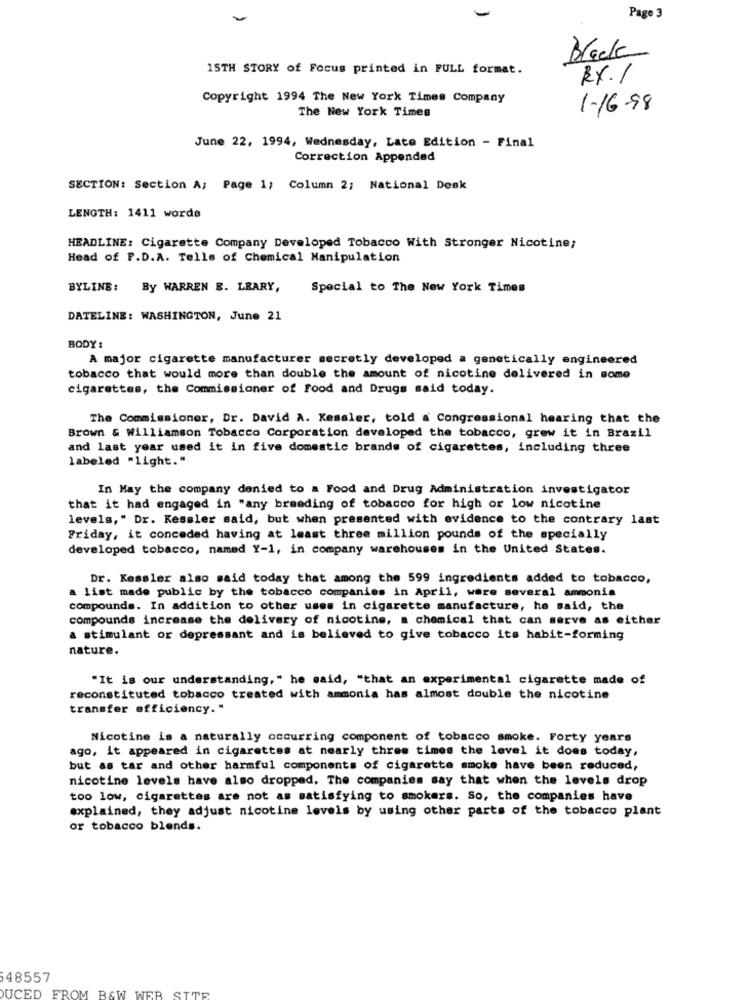
Page 3
Black
15TH STORY of Focus printed in FULL format.
RX.1
Copyright 1994 The New York Times Company
The New York Times
1-16-98
June 22, 1994, Wednesday, Late Edition - Final
Correction Appended
SECTION: Section A; Page 1; Column 2; National Desk
LENGTH: 1411 words
HEADLINE: Cigarette Company Developed Tobacco With Stronger Nicotine;
Head of P.D.A. Tells of Chemical Manipulation
BYLINE: By WARREN E. LEARY,
Special to The New York Times
DATELINE: WASHINGTON, June 21
BODY:
A major cigarette manufacturer secretly developed a genetically engineered
tobacco that would more than double the amount of nicotine delivered in some
cigarettes, the Commissioner of Food and Drugs said today.
The Commissioner, Dr. David A. Kessler, told a Congressional hearing that the
Brown & Williamson Tobacco Corporation developed the tobacco, grew it in Brazil
and last year used it in five domestic brands of cigarettes, including three
labeled "light."
In May the company denied to a Food and Drug Administration investigator
that it had engaged in "any breeding of tobacco for high or low nicotine
levels," Dr. Kessler said, but when presented with evidence to the contrary last
Friday, it conceded having at least three million pounds of the specially
developed tobacco, named Y-1, in company warehouses in the United States.
Dr. Kessler also said today that among the 599 ingredients added to tobacco,
a list made public by the tobacco companies in April, were several ammonia
compounds. In addition to other uses in cigarette manufacture, he said, the
compounds increase the delivery of nicotine, a chemical that can serve as either
a stimulant or depressant and is believed to give tobacco its habit-forming
nature.
"It is our understanding," he said, "that an experimental cigarette made of
reconstituted tobacco treated with ammonia has almost double the nicotine
transfer efficiency. "
Nicotine is a naturally occurring component of tobacco smoke. Forty years
ago, it appeared in cigarettes at nearly three times the level it does today,
but as tar and other harmful components of cigarette smoke have been reduced,
nicotine levels have also dropped. The companies say that when the levels drop
too low, cigarettes are not as satisfying to smokers. So, the companies have
explained, they adjust nicotine levels by using other parts of the tobacco plant
or tobacco blends.
48557
UCED FROM B&W WEB SITE